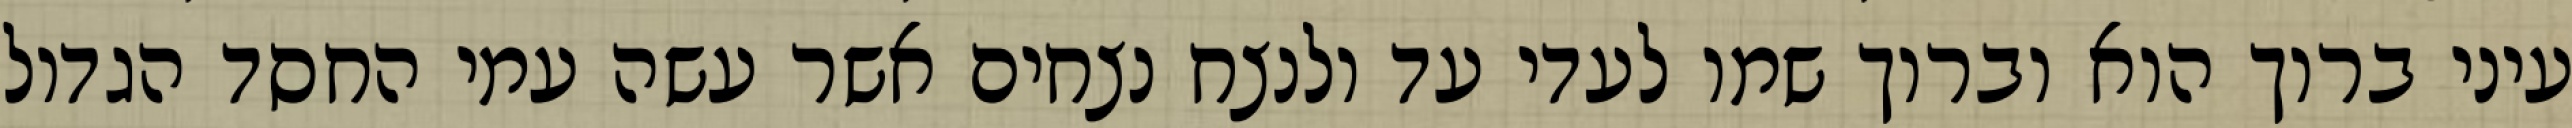
עיני ברוך הוא וברוך שמו לעדי עד ולנצח נצחים אשר עשה עמי החסד הגדול